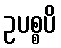
ဥပစ္စပိ